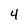
Character: 4